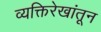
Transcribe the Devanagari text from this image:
व्यक्तिरेखांतून